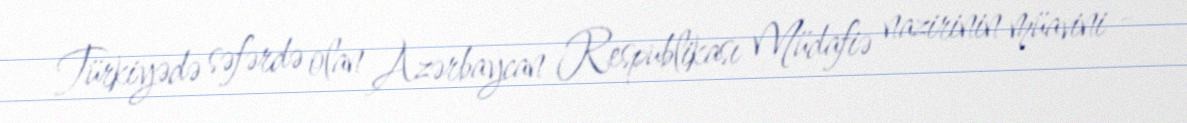
Türkiyədə səfərdə olan Azərbaycan Respublikası Müdafiə nazirinin müavini -